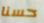
حسنا